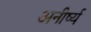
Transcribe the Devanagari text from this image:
अनीर्ष्य